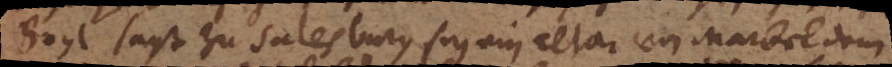
Boyl sagt zu Salesbury sey ein altar von Marbel dem